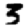
Digit: 3